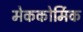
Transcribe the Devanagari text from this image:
मेककोर्मिक